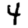
Digit: 4